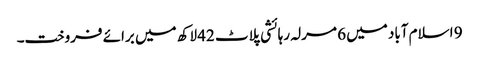
9 اسلام آباد میں 6 مرلہ رہائشی پلاٹ 42 لاکھ میں برائے فروخت۔